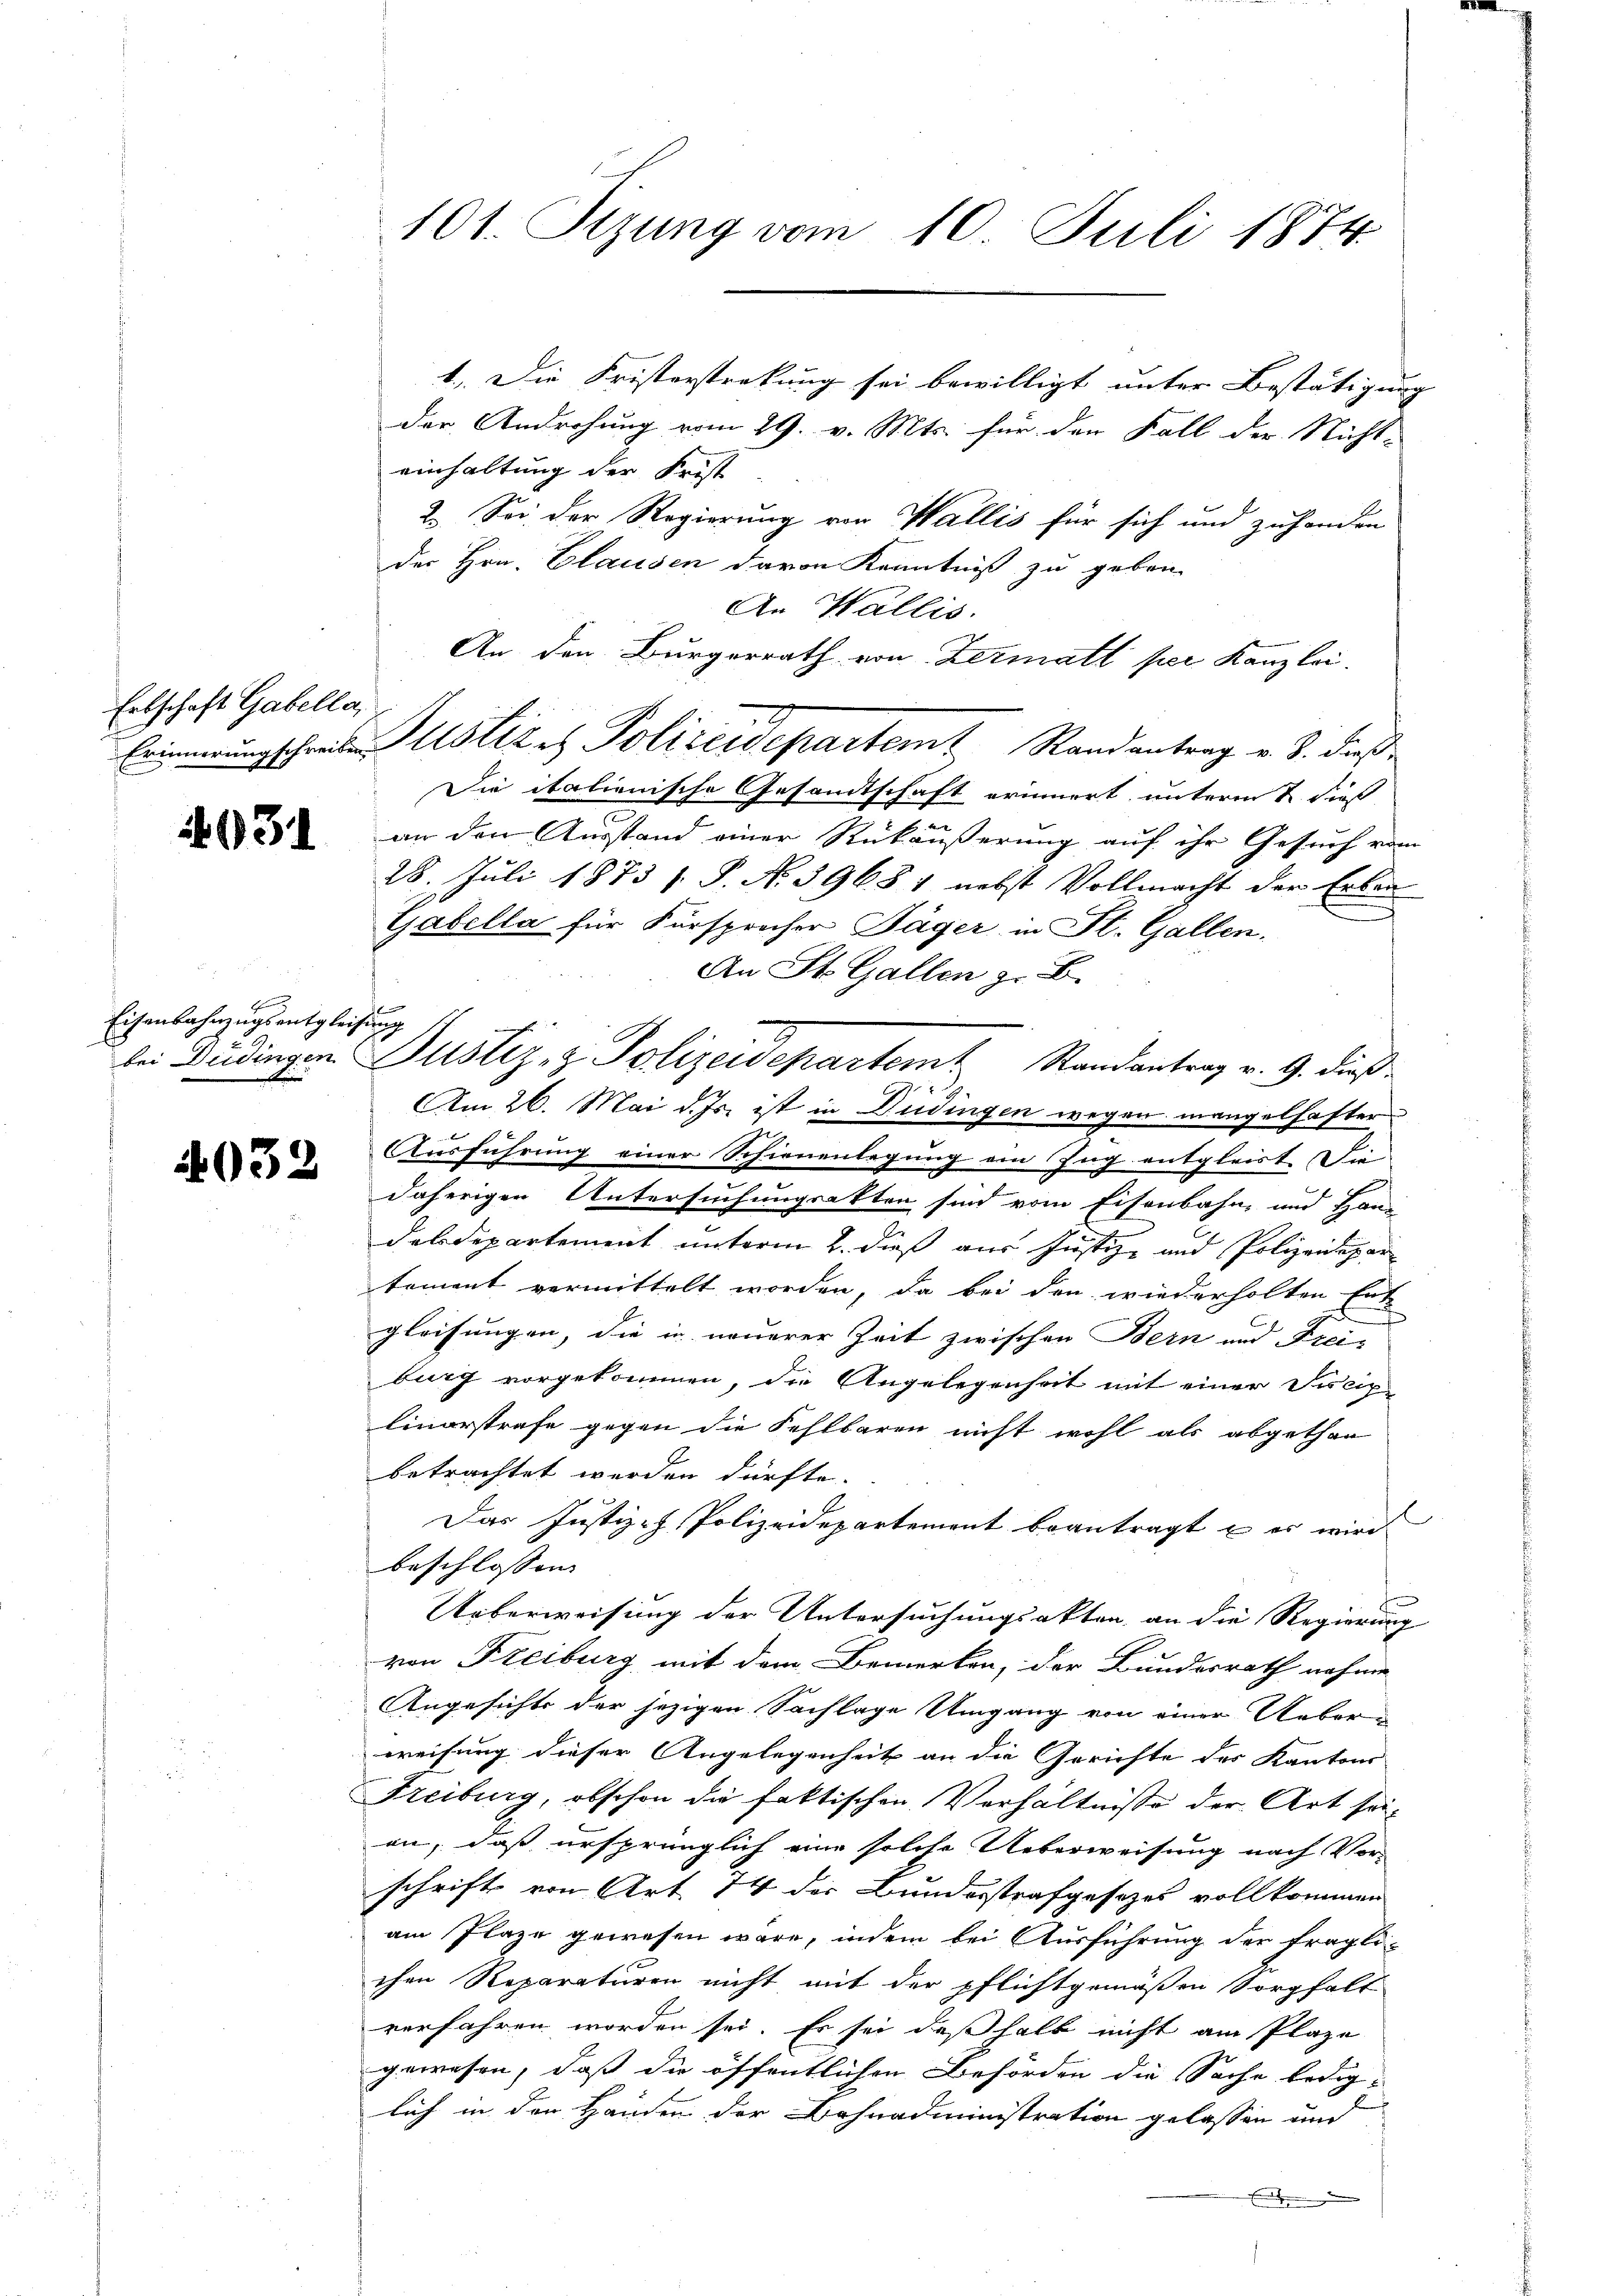
Erbschaft Gabella,

031

G
Eisenbahnungs entgleichung
i

032

der Androhung vom 29. v. Mts. für den Fall der Nicht-
einhaltung der Frist
2. Sei der Regierung von Wallis für sich und zuhanden
der Hrn. Clausen davon Kenntniß zu geben.
An Wallis.
An den Bürgerrath von Zermatt per Kanzlei.
Erinnerungschreiben Justiz es Polizeidepartemt Randantrag v. 8. dieß
Die italienische Gesandtschaft erinnert unterm 2 dieß
an den Ausstand einer Rückäußerung auf ihr Gesuch vom
28. Juli 1873 f. P. No. 3968 1 nebst Vollmacht der Erkan
Gabella für Fürsprecher Jäger in St. Gallen.
An St. Gallen z. B.
Am 26. Mai d. Js. ist in Didingen wegen mangelhafter
Ausführung einer Schienenlegung ein Zug entgleist. Die
daherigen Untersuchungsakten sind vom Eisenbahn- und Handaldepartement unterm 2. dieß aus Justiz- und Polizeidepar
tement vermittelt worden, da bei den wiederholten Ent-
gleisungen, die in neuerer Zeit zwischen Bern und Frei-
burg vorgekommen, die Angelegenheit mit einer Fiscip-
linerstrafe gegen die Fehlbaren nicht wohl als abgethan
betrachtet werden dürfte.
Das Justiz- Polizeidepartement beantragt u es wird.
beschlossen:
Ueberweisung der Untersuchungsakten, an die Regierung
von Freiburg mit dem Bemerken, der Bundesrath nehme
Angesichte der jezigen Sachlage Umgang von einer Ueberweisung dieser Angelegenheit an die Gerichte des Kantons
Freiburg, obschon die faktischen Verhältnisse der Art seian, daß ursprünglich eine solche Ueberweisung nach Vor-
schrift von Art. 74 der Bundesstrafgesezes vollkommen
am Plaze gewesen wäre, indem bei Ausführung der fragli-
chen Reparaturen nicht mit der pflichtgemäßen Sorgfalt
verfahren worden sei. Es sei deßhalb nicht am Plaze
gewesen, daß die öffentlichen Behörden die Sache lediglich in den Handen der Bahnadministration gelassen und
.

101. Sizung vom 10. Juli 1874.

bei Düdingen. Justiz- & Polizeidepartem Randantrag v. 9. dieß¬

1. Die Fristerstreckung sei bewilligt unter Bestätigung |